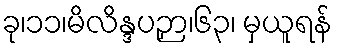
ခု၊၁၁၊မိလိန္ဒပဉှာ၊၆၃၊ မှယူရန်